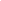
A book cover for Photochemistry and Radiation Chemistry (ACS Advances in Chemistry); Science & Math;